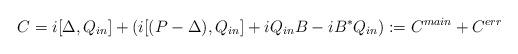
LaTeX: \begin{align*}C = i [\Delta,Q_{in}] + ( i[(P-\Delta),Q_{in}]+i Q_{in} B - i B^* Q_{in}) := C^{main} + C^{err}\end{align*}